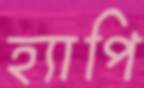
হ্যাপি